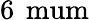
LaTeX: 6\, \mathrm{\ mum}